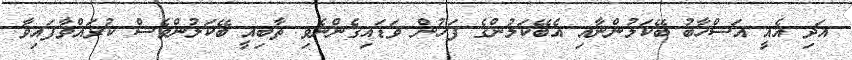
އަދި އެއީ އަސްހާބު ބޭކަލުންނާއި އެބޭކަލުންގެ ފަހުން ވަޑައިގެންނެވި ތާބިއީ ބޭކަލުންވެސް ކުރައްވާފައިވާ